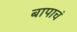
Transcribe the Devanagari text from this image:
बापाचं